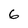
Character: 6